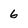
Character: 6